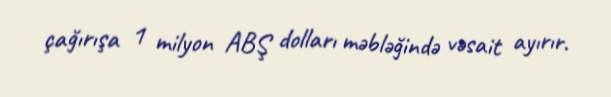
çağırışa 1 milyon ABŞ dolları məbləğində vəsait ayırır.